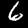
Label: 6